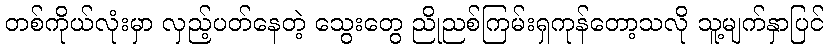
တစ်ကိုယ်လုံးမှာ လှည့်ပတ်နေတဲ့ သွေးတွေ ညိုညစ်ကြမ်းရှကုန်တော့သလို သူ့မျက်နှာပြင်